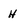
Character: H